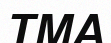
ТМА